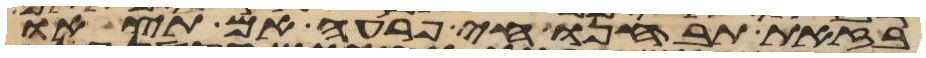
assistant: בזאת תבחנו חי פרעה אם תצאו